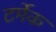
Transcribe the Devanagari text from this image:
टर्मेक